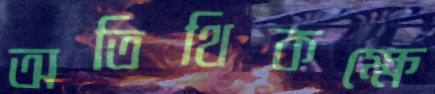
অতিথিকক্ষে